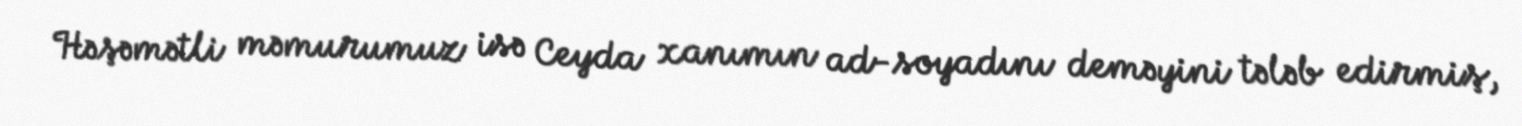
Həşəmətli məmurumuz isə Ceyda xanımın ad-soyadını deməyini tələb edirmiş,